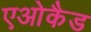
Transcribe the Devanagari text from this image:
एओकैड